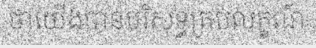
ថាយើងបានបរិសុទ្ធគ្រប់លក្ខណ៍